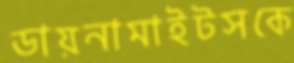
ডায়নামাইটসকে